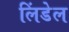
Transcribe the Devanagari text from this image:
लिंडेल